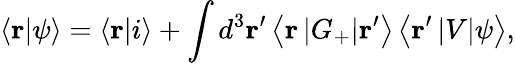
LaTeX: \left\langle\mathbf{r}|\psi\right\rangle=\left\langle\mathbf{r}|i\right\rangle+\int d^{3}\mathbf{r}^{\prime}\left\langle\mathbf{r}\left|G_{+}\right|\mathbf{r}^{\prime}\right\rangle\left\langle\mathbf{r}^{\prime}\left|V\right|\psi\right\rangle,